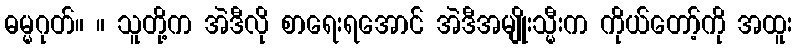
ဓမ္မဂုတ်။ ။ သူတို့က အဲဒီလို စာရေးရအောင် အဲဒီအမျိုးသ္မီးက ကိုယ်တော့်ကို အထူး